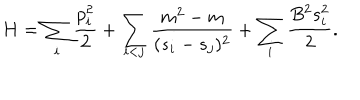
H = \sum _ { i } { \frac { p _ { i } ^ { 2 } } { 2 } } + \sum _ { i < j } { \frac { m ^ { 2 } - m } { ( s _ { i } - s _ { j } ) ^ { 2 } } } + \sum _ { i } { \frac { B ^ { 2 } s _ { i } ^ { 2 } } { 2 } } .